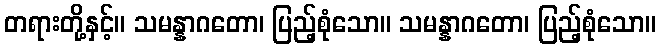
တရားတို့နှင့်။ သမန္နာဂတော၊ ပြည့်စုံသော။ သမန္နာဂတော၊ ပြည့်စုံသော။